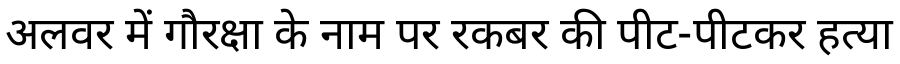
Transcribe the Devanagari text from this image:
अलवर में गौरक्षा के नाम पर रकबर की पीट-पीटकर हत्या